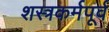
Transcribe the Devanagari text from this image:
शस्त्रकर्मपूर्व